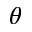
\theta